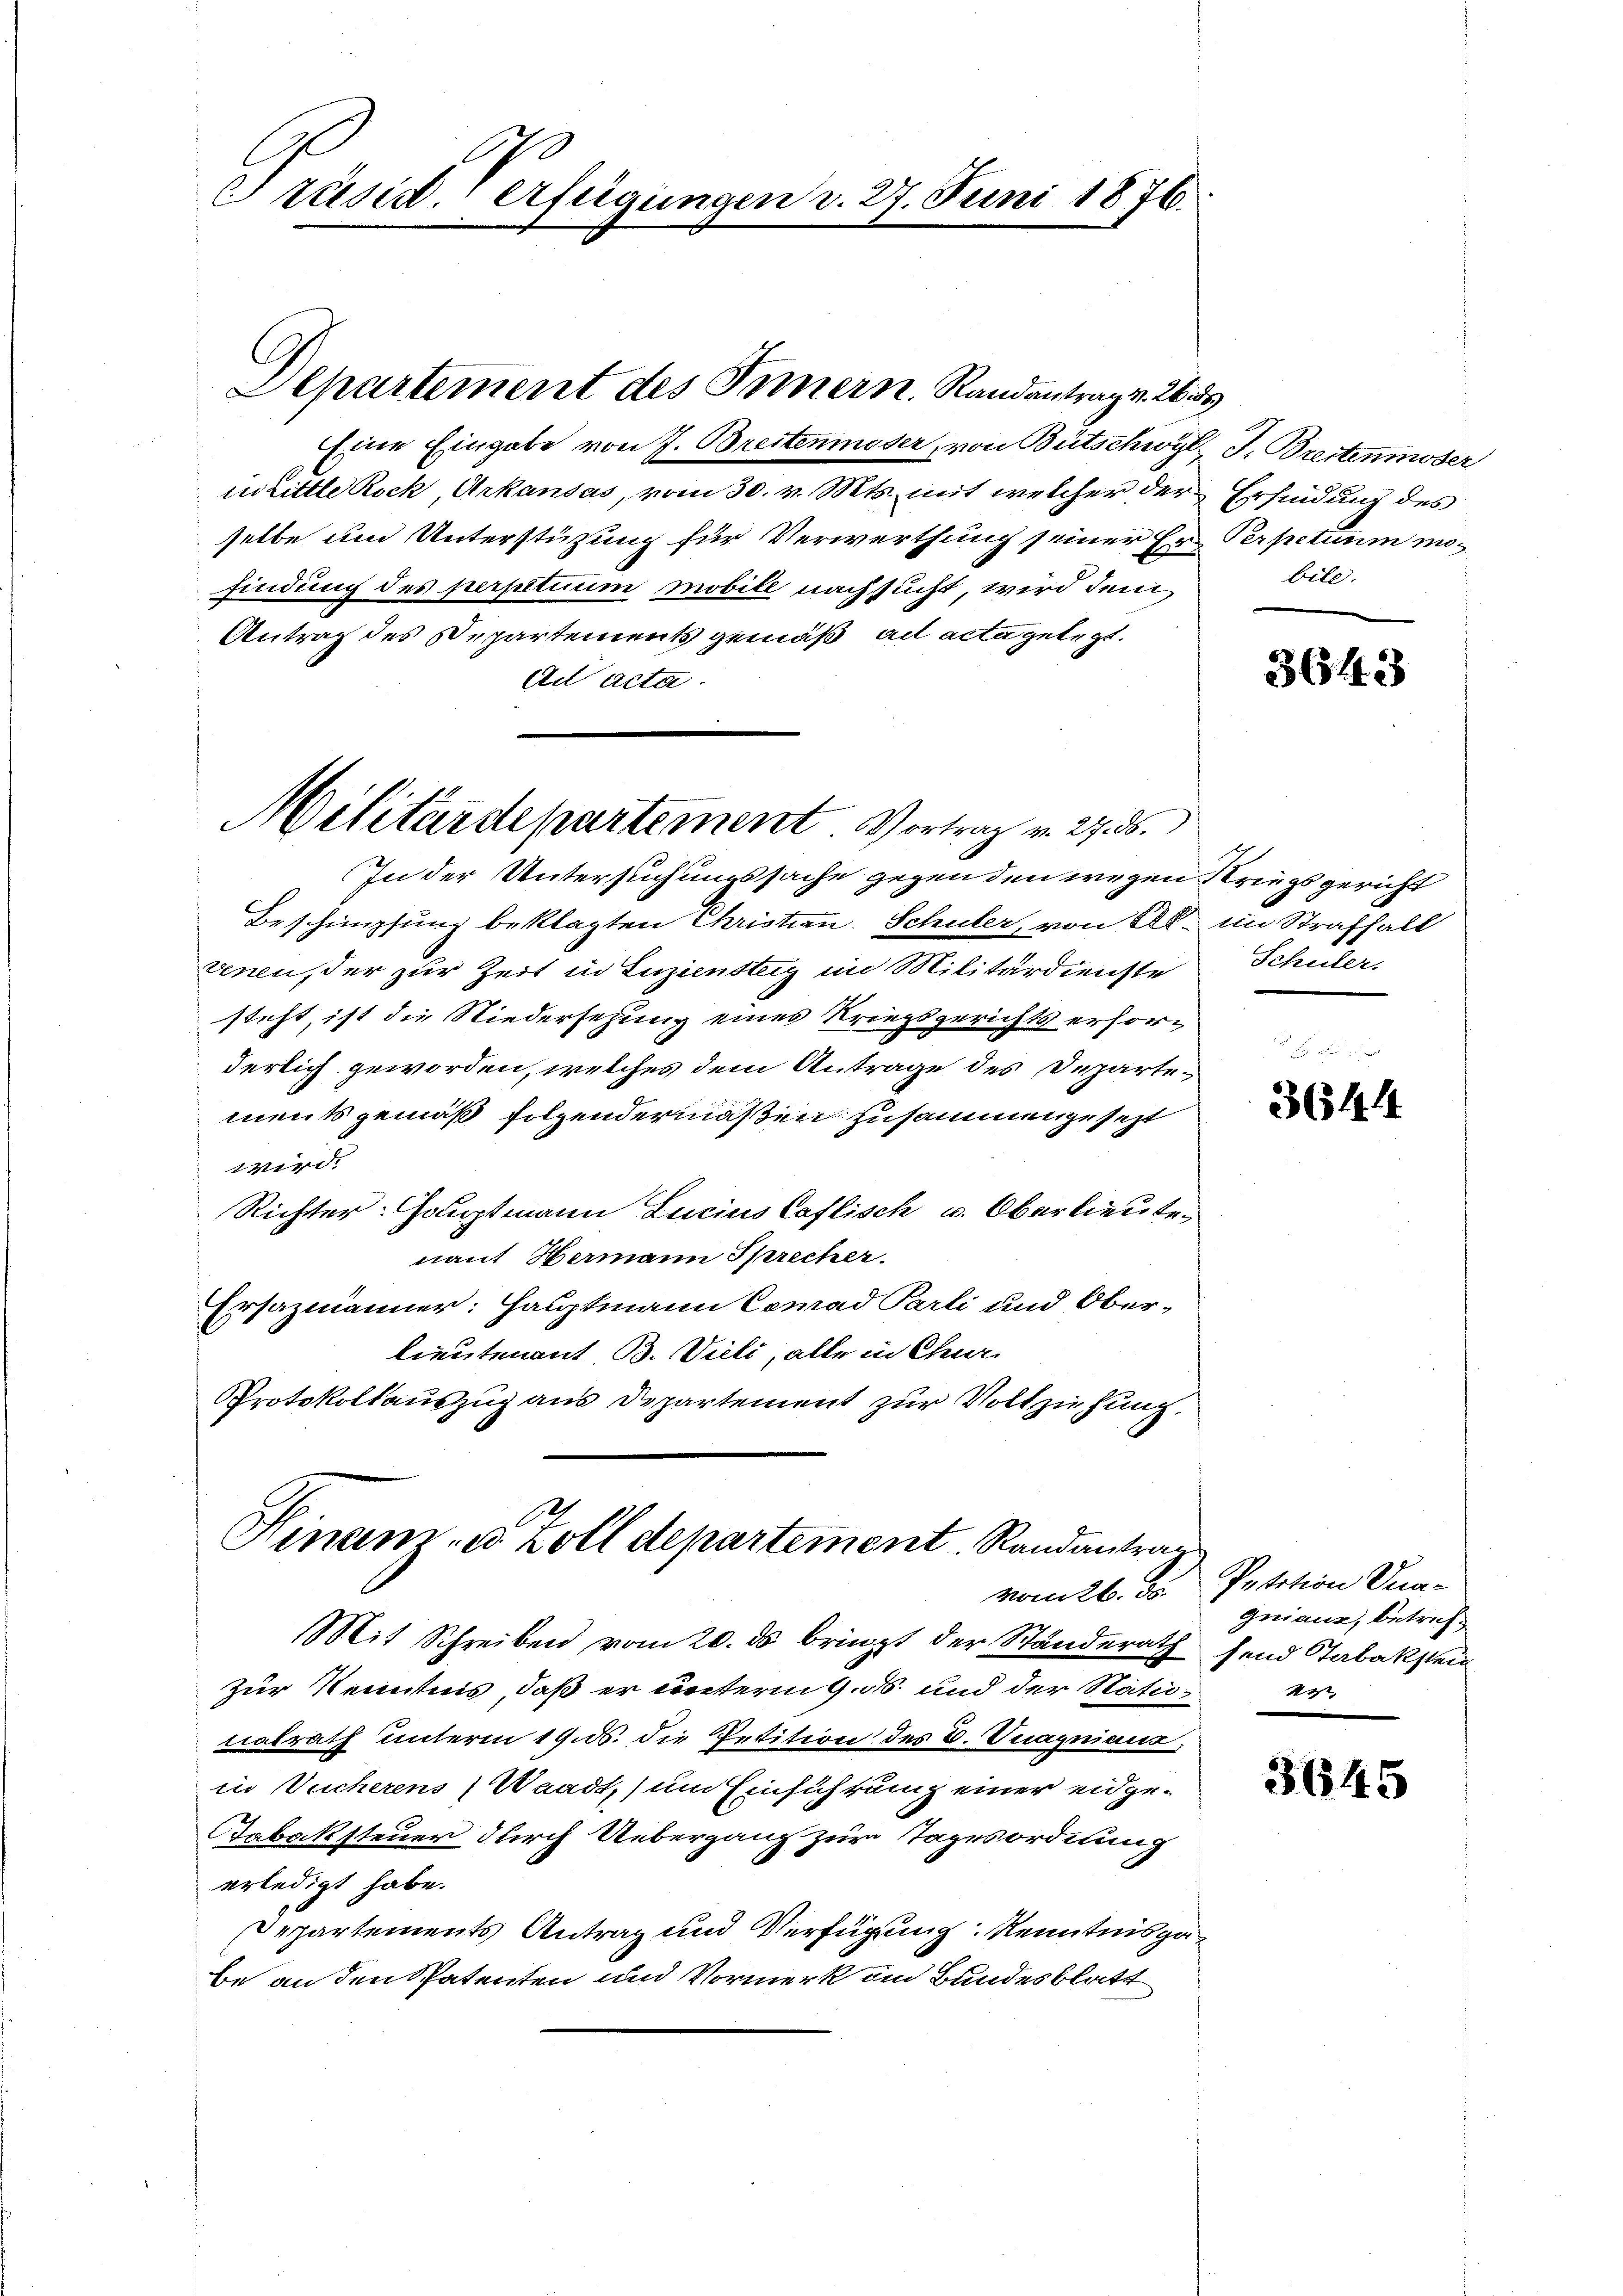
Präsid. erfügungen d. 27. Juni 1876.

Eine Eingabe von J. Breitenmoser, von Bütschwyl, J. Breitenmoser
in Little Rock, Arkausas, vom 30. v. Mts. mit welcher der Erfindung des
selbe um Unterstützung für Verwerthung seiner Ern Perpetuum möfindung des perpitium mobile nach sucht, wird dem
Antrag des Departements gemäß ad acta gelegt.
Au acta.
Militärdepartement. Vortrag v. 27. 35.

Departement des Innern. Randantrag v. 2

Hinam u. Zolldepartement Randantrag
vom 26. d.

In der Untersuchungssache gegen den wegen Kriegsgericht
Beschimpfung beklagten Christian. Schuler, von Al. im Straffall
venen, der zur Zeit in Luziensteig im Militärdienste
steht, ist die Niedersetzung eines Kriegsgerichts erforderlich geworden, welches dem Antrage des Departements gemäß folgendermaßen zusammengesezt
wird.
Richter-Hauptmann Lucius Caflisch u. Oberlieute,
nant Hermann Sprecher.
Ersazmänner: Hauptmann Cemad Parli und Oberlieutenant B. Vieli, alle in Churi
Protokollauszug aus Departement zur Vollziehung.

bill.

Mit Schreiben vom 20. ds bringt der Ständerath send Tabakstein
Zur Kenntnis, daß er unterm 9. ds. und der Nationalrath unterm 19. ds. die Petition des E. Vuagniaus,
in Wucherens) Waadt, um Einführung einer eidge¬
Dabaksteuer durch Uebergang zur Tagesordnung
erledigt habe.
Departements Antrag und Verfügung Kenntnisgabe an den Spatenten und Vormerk im Bundesblatt

3643

Schüler.

3644

s
Petition na-
gniauz, betref¬
,

3645